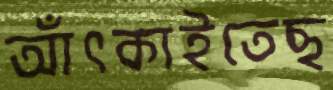
আঁৎকাইতেছ